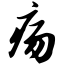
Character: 疡